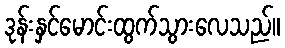
ဒုန်းနှင်မောင်းထွက်သွားလေသည်။